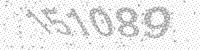
Solution: 151089